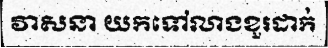
វាសនា យកទៅលាងខួរដាក់